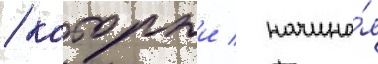
/ которыи / начина́я